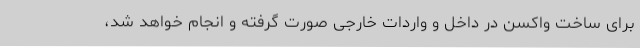
برای ساخت واکسن در داخل و واردات خارجی صورت گرفته و انجام خواهد شد،